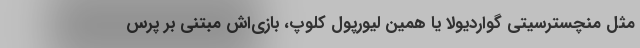
مثل منچسترسیتیِ گواردیولا یا همین لیورپول کلوپ، بازی‌اش مبتنی بر پرس